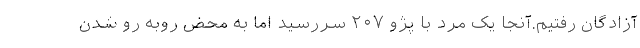
آزادگان رفتیم.آنجا یک مرد با پژو ۲۰۷ سررسید اما به محض روبه رو شدن